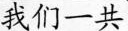
我们一共